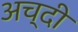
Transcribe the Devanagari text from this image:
अच्दी